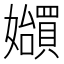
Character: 𪦲